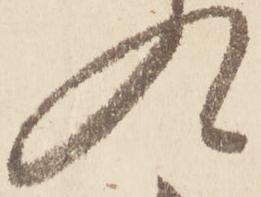
入